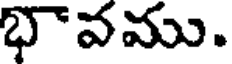
భవము.